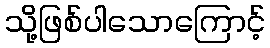
သို့ဖြစ်ပါသောကြောင့်